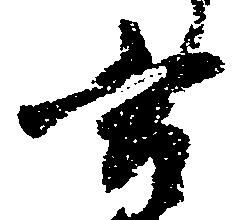
言